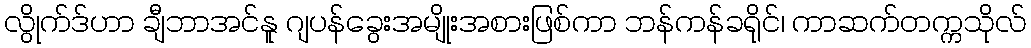
လွိုက်ဒ်ဟာ ချီဘာအင်နူ ဂျပန်ခွေးအမျိုးအစားဖြစ်ကာ ဘန်ကန်ခရိုင်၊ ကာဆက်တက္ကသိုလ်